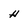
Character: H